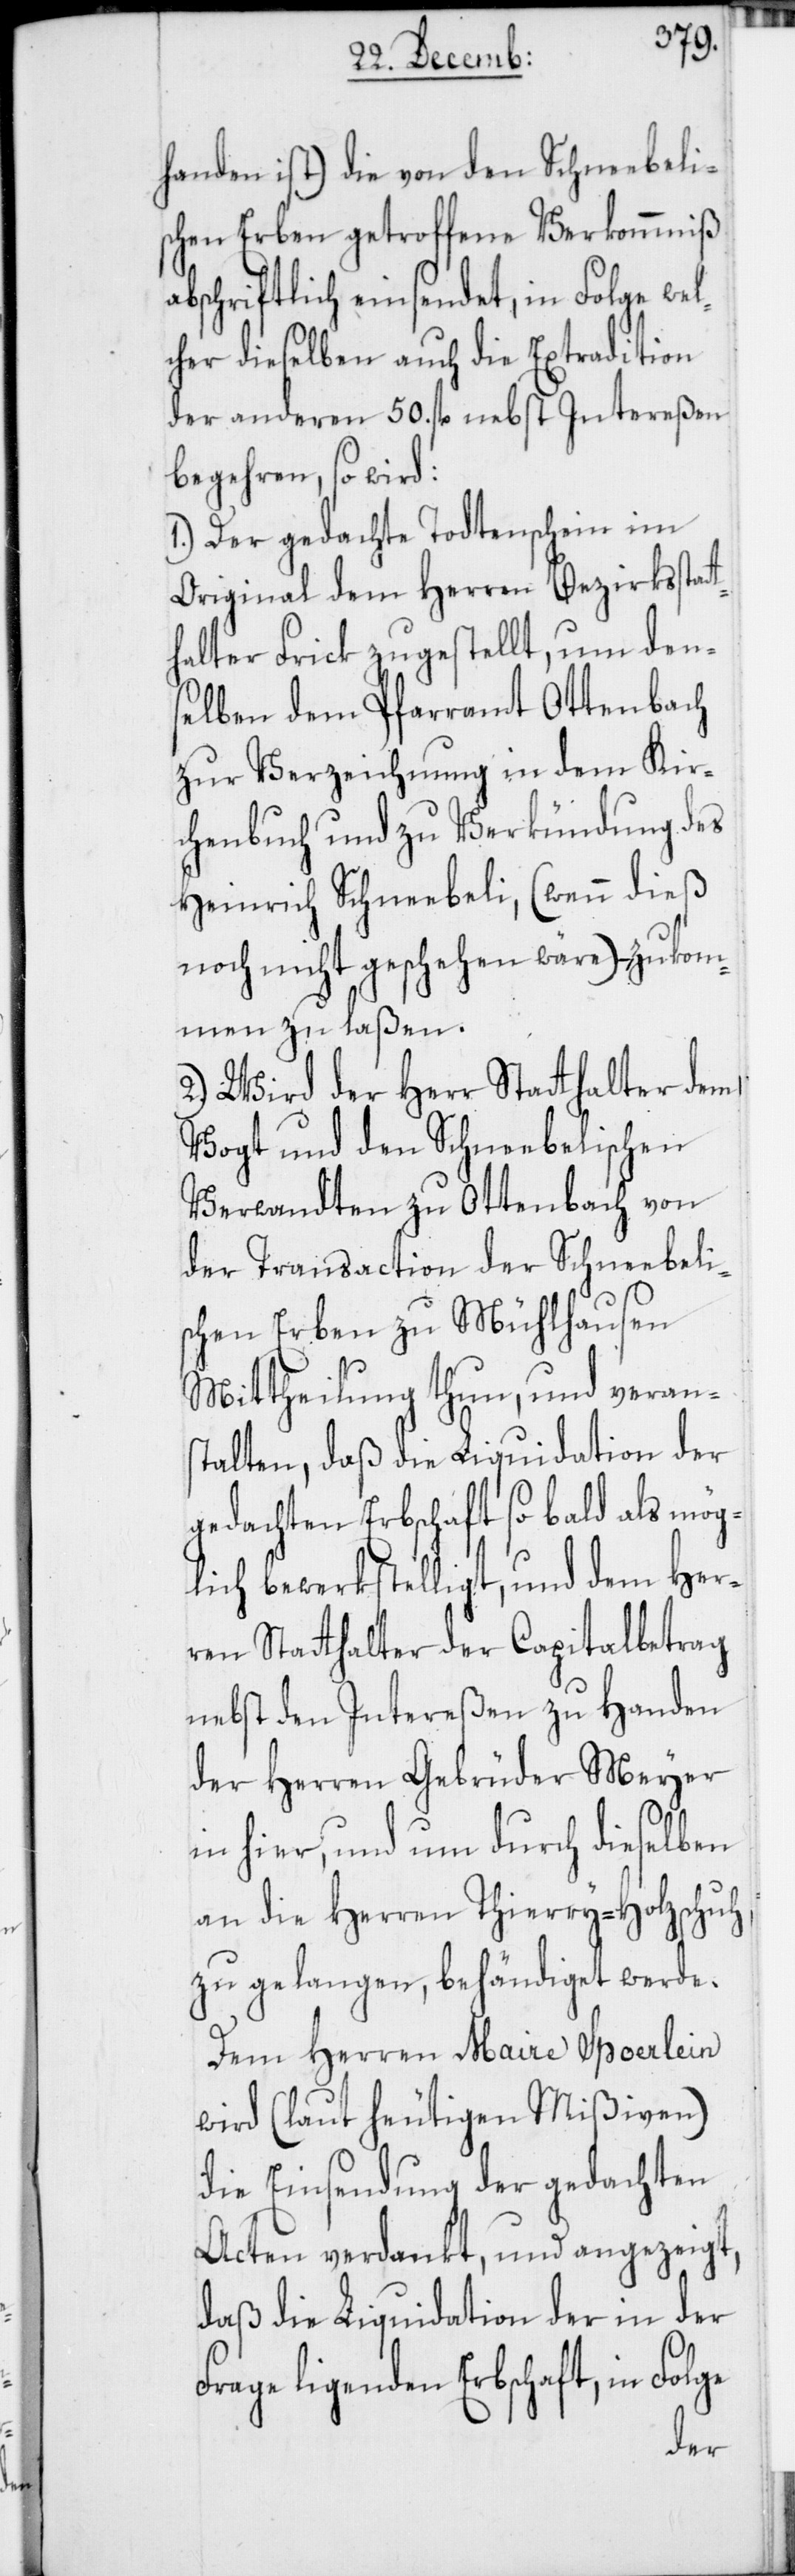
handen ist) die von den Schneebeli¬
schen Erben getroffene Verkommniß
abschriftlich einsendet, in Folge wel¬
cher dieselben auch die Extradition
der anderen 50. fl. nebst Intereßen
begehren, so wird:
1.) Der gedachte Todtenschein im
Original dem Herren Bezirksstat¬
thalter Frick zugestellt, um den¬
selben dem Pfarramt Ottenbach
zur Verzeichnung in dem Kir¬
chenbuch und zu Verkündung des
Heinrich Schneebeli, (wenn dieß
noch nicht geschehen wäre) –, zukom¬
men zu laßen.
2.) Wird der Herr Statthalter dem
Vogt und den Schneebelischen
Verwandten zu Ottenbach von
der Transaction der Schneebeli¬
schen Erben zu Mühlhausen
Mittheilung thun, und verans¬
talten, daß die Liquidation der
gedachten Erbschaft so bald als mög¬
lich bewerkstelligt, und dem Her¬
ren Statthalter der Capitalbetrag
nebst den Intereßen zu Handen
der Herren Gebrüder Meyer
in hier, und um durch dieselben
an die Herren Thierry-Holzschuh
zu gelangen, behändiget werde.
Dem Herren Maire Spoerlein
wird (laut heutigen Mißiven)
die Einsendung der gedachten
Acten verdankt, und angezeigt,
daß die Liquidation der in der
Frage ligenden Erbschaft, in Folge